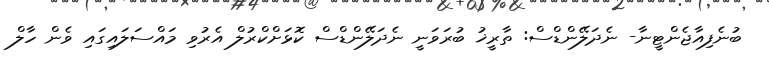
ބުނެފިއާޖެންޓީނާ- ނެދަލޭންޑްސް: ތާރީޚު ބުރަވަނީ ނެދަލޭންޑްސް ކޮޅަށްކްރުލް އެރުވި މައްސަލައިގައި ވެން ހާލް